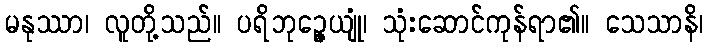
မနုဿာ၊ လူတို့သည်။ ပရိဘုဉ္ဇေယျုံ၊ သုံးဆောင်ကုန်ရာ၏။ သေသာနိ၊